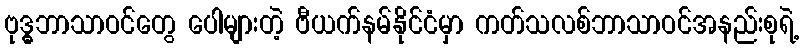
ဗုဒ္ဓ္ဓ္ဓဘာသာဝင်တွေ ပေါများတဲ့ ဗီယက်နမ်နိုင်ငံမှာ ကတ်သလစ်ဘာသာဝင်အနည်းစုရဲ့